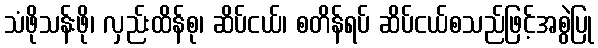
သံဖိုသန်းဖို၊ လှည်းထိန်စု၊ ဆိပ်ငယ်၊ စတိန်ရပ် ဆိပ်ငယ်စသည်ဖြင့်အစွဲပြု